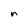
Character: n